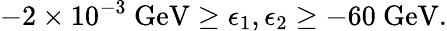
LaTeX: -2\times 10^{-3}\ \mathrm{GeV}\geq\epsilon_{1},\epsilon_{2}\geq-60\ \mathrm{GeV}.